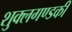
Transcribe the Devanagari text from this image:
शुक्लगण्डकी